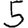
Digit: 5